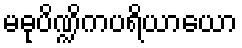
မဓုပိဏ္ဍိကပရိယာယော